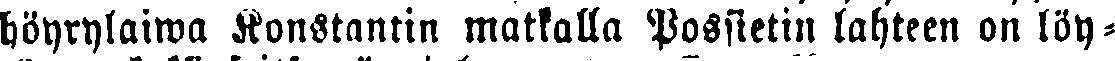
höyrylaiwa Konstantin matkalla Possietin lahteen on löy-